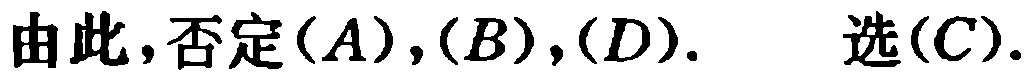
由此，否定$(A),(B),(D).$  选$(C).$